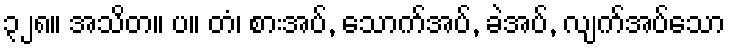
၃၂၈။ အသိတ။ ပ။ တံ၊ စားအပ်, သောက်အပ်, ခဲအပ်, လျက်အပ်သော